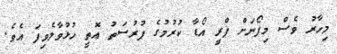
މިހާރު ވެސް މިފޯނަށް ޕްރީ އޯޑާ ކުރުމުގެ ފުރުސަތު އޮތީ ހުޅުވާލެވިފަ އެވެ.